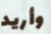
وأريد